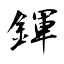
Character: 鍕